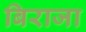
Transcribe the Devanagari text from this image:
बिराजा